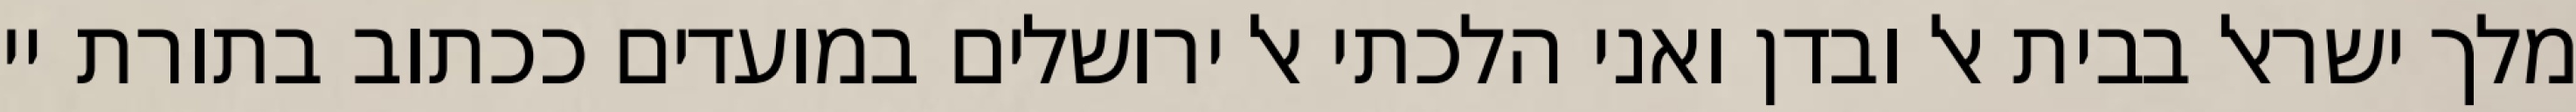
מלך ישראל בבית אל ובדן ואני הלכתי אל ירושלים במועדים ככתוב בתורת יי